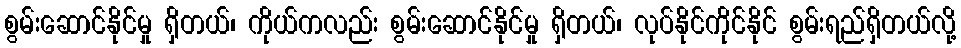
စွမ်းဆောင်နိုင်မှု ရှိတယ်၊ ကိုယ်ကလည်း စွမ်းဆောင်နိုင်မှု ရှိတယ်၊ လုပ်နိုင်ကိုင်နိုင် စွမ်းရည်ရှိတယ်လို့